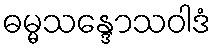
ဓမ္မသန္ဒောသဝါဒံ